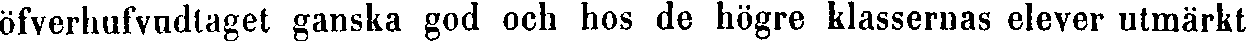
öfverhufvudtaget ganska god och hos de högre klassernas elever utmärkt